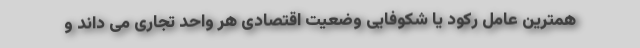
همترین عامل رکود یا شکوفایی وضعیت اقتصادی هر واحد تجاری می داند و